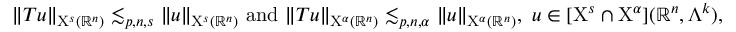
\begin{array} { r } { \lVert T u \rVert _ { \mathrm { X } ^ { s } ( \mathbb { R } ^ { n } ) } \lesssim _ { p , n , s } \lVert u \rVert _ { \mathrm { X } ^ { s } ( \mathbb { R } ^ { n } ) } \mathrm { ~ a n d ~ } \lVert T u \rVert _ { \mathrm { X } ^ { \alpha } ( \mathbb { R } ^ { n } ) } \lesssim _ { p , n , \alpha } \lVert u \rVert _ { \mathrm { X } ^ { \alpha } ( \mathbb { R } ^ { n } ) } \mathrm { , ~ } \, u \in [ \mathrm { X } ^ { s } \cap \mathrm { X } ^ { \alpha } ] ( \mathbb { R } ^ { n } , \Lambda ^ { k } ) \mathrm { , ~ } } \end{array}